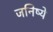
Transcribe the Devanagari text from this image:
जनिष्ये